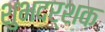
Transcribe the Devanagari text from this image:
शुभदर्शक